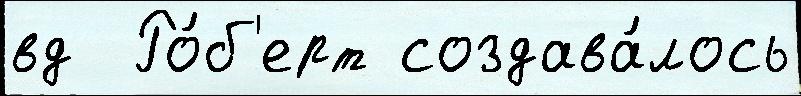
вд  Ро́б'ерт создава́лось